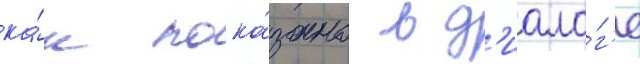
ка́к пока́зано в д'иало́г'е